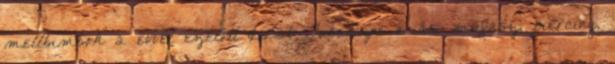
mellbimbók 2 évvel ezelőtt 02:37 TubeDupe óriási műfasz, piercing,